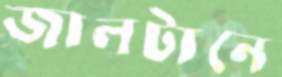
জালটানে